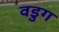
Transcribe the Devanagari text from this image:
वडुग